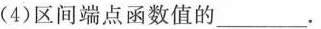
(4)区间端点函数值的__________。